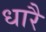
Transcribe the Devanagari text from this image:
धारै